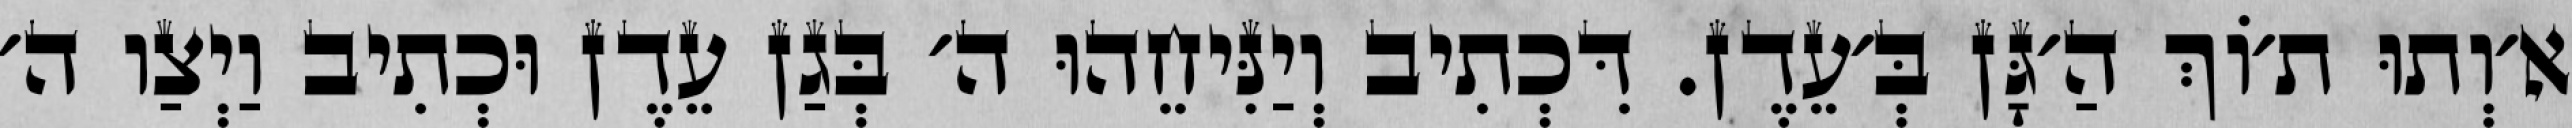
א׳וְתוּ ת׳וֹךְ הַ׳גָּן בְּ׳עֵדֶן. דִּכְתִיב וְיַנִּיחֵהוּ ה׳ בְּגַן עֵדֶן וּכְתִיב וַיְצַו ה׳